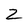
Character: Z